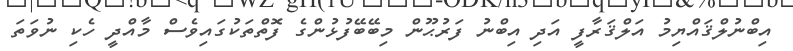
އިބްނުލްޤައްޔިމު އަލްޤަރާފީ އަދި އިބްނު ފަރުޙޫން މިބޭބޭފުޅުންގެ ފޮތްތަކުގައިވެސް މާއްދީ ހެކި ނުވަތަ